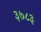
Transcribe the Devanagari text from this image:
३७८३